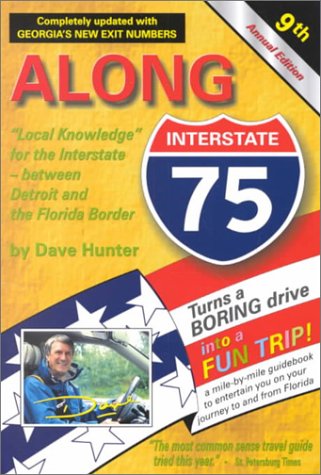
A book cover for Along Interstate 75 Year 2001: The Local Knowledge Driving Guide for Interstate Travelers Between Detroit and the Florida Border; Dave Hunter; Travel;